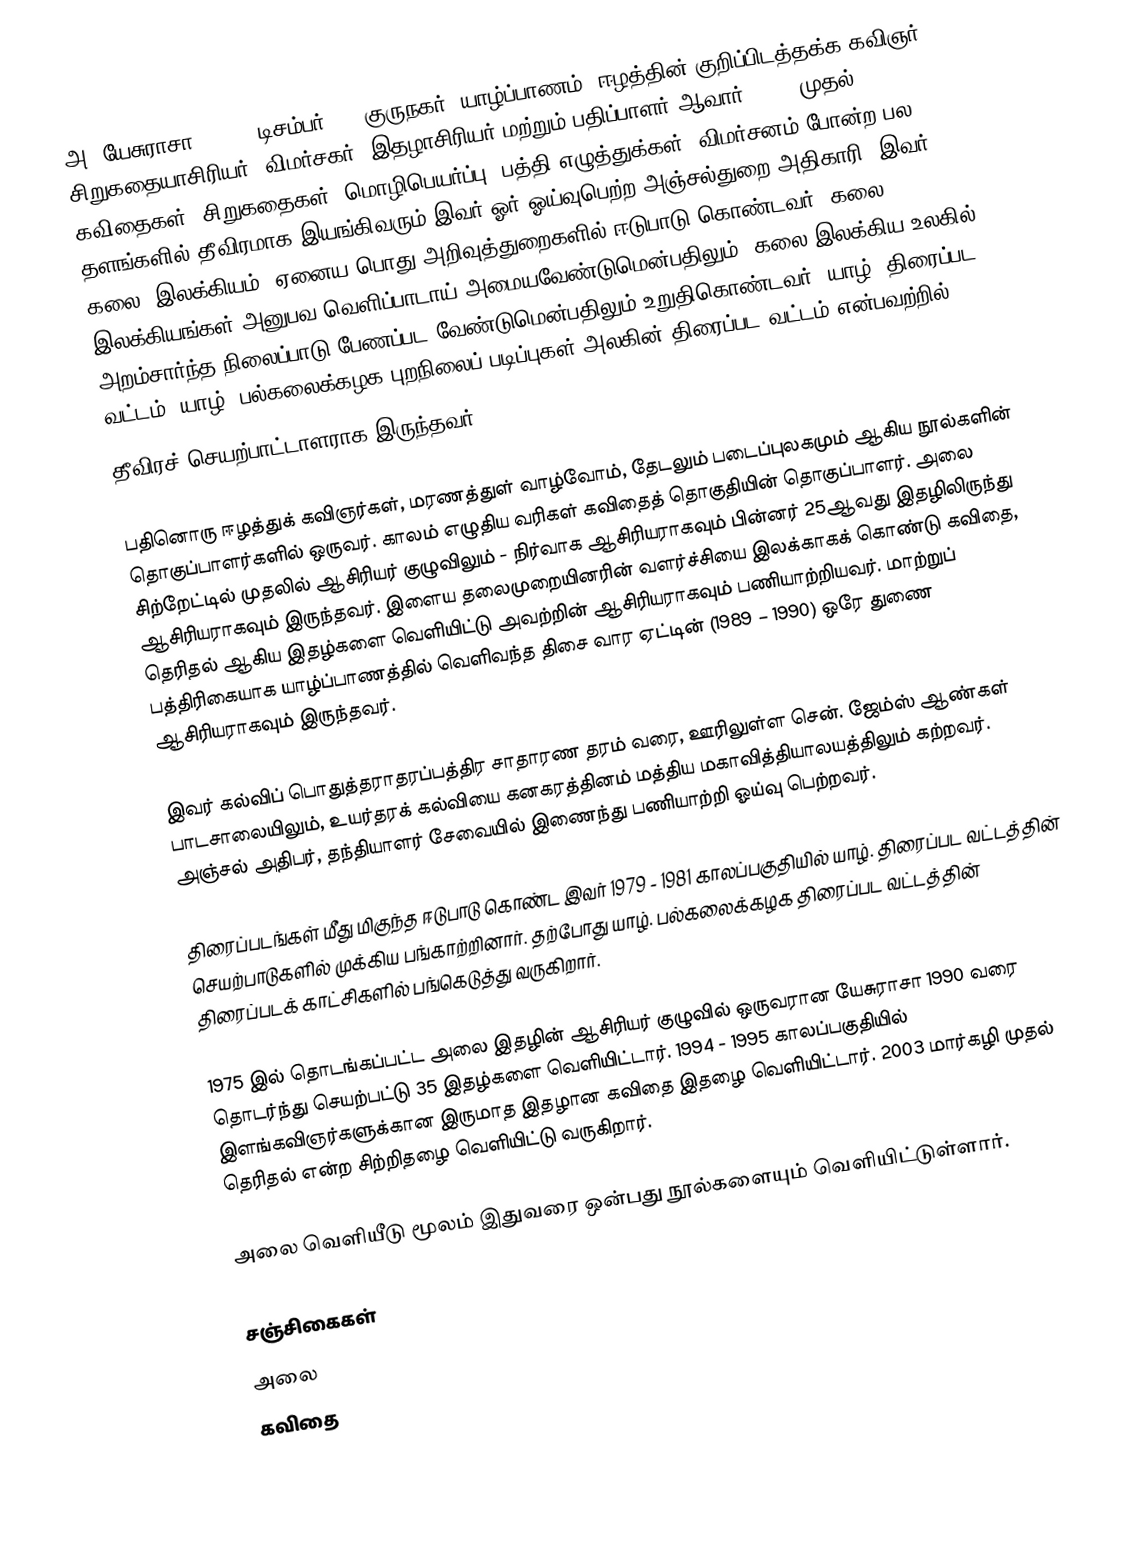
அ. யேசுராசா  (1946, டிசம்பர் 30, குருநகர், யாழ்ப்பாணம்) ஈழத்தின் குறிப்பிடத்தக்க கவிஞர், சிறுகதையாசிரியர், விமர்சகர், இதழாசிரியர் மற்றும் பதிப்பாளர் ஆவார். 1968 முதல் கவிதைகள், சிறுகதைகள், மொழிபெயர்ப்பு, பத்தி எழுத்துக்கள், விமர்சனம் போன்ற பல தளங்களில் தீவிரமாக இயங்கிவரும் இவர் ஓர் ஓய்வுபெற்ற அஞ்சல்துறை அதிகாரி. இவர் கலை, இலக்கியம், ஏனைய பொது அறிவுத்துறைகளில் ஈடுபாடு கொண்டவர். கலை, இலக்கியங்கள் அனுபவ வெளிப்பாடாய் அமையவேண்டுமென்பதிலும்,  கலை இலக்கிய உலகில் அறம்சார்ந்த நிலைப்பாடு பேணப்பட வேண்டுமென்பதிலும் உறுதிகொண்டவர். யாழ். திரைப்பட வட்டம், யாழ். பல்கலைக்கழக புறநிலைப் படிப்புகள் அலகின் திரைப்பட வட்டம் என்பவற்றில்
தீவிரச் செயற்பாட்டாளராக இருந்தவர்.

பதினொரு ஈழத்துக் கவிஞர்கள், மரணத்துள் வாழ்வோம், தேடலும் படைப்புலகமும் ஆகிய நூல்களின் தொகுப்பாளர்களில் ஒருவர். காலம் எழுதிய வரிகள் கவிதைத் தொகுதியின் தொகுப்பாளர். அலை சிற்றேட்டில் முதலில் ஆசிரியர் குழுவிலும் - நிர்வாக ஆசிரியராகவும் பின்னர் 25ஆவது இதழிலிருந்து ஆசிரியராகவும் இருந்தவர். இளைய தலைமுறையினரின் வளர்ச்சியை இலக்காகக் கொண்டு கவிதை, தெரிதல் ஆகிய இதழ்களை வெளியிட்டு அவற்றின் ஆசிரியராகவும் பணியாற்றியவர். மாற்றுப் பத்திரிகையாக யாழ்ப்பாணத்தில் வெளிவந்த திசை வார ஏட்டின் (1989 – 1990) ஒரே துணை ஆசிரியராகவும் இருந்தவர்.

இவர் கல்விப் பொதுத்தராதரப்பத்திர சாதாரண தரம் வரை, ஊரிலுள்ள சென். ஜேம்ஸ் ஆண்கள் பாடசாலையிலும், உயர்தரக் கல்வியை கனகரத்தினம் மத்திய மகாவித்தியாலயத்திலும் கற்றவர். அஞ்சல் அதிபர், தந்தியாளர் சேவையில் இணைந்து பணியாற்றி ஓய்வு பெற்றவர்.

திரைப்படங்கள் மீது மிகுந்த ஈடுபாடு கொண்ட இவர் 1979 - 1981 காலப்பகுதியில் யாழ். திரைப்பட வட்டத்தின் செயற்பாடுகளில் முக்கிய பங்காற்றினார். தற்போது யாழ். பல்கலைக்கழக திரைப்பட வட்டத்தின் திரைப்படக் காட்சிகளில் பங்கெடுத்து வருகிறார்.

1975 இல் தொடங்கப்பட்ட அலை இதழின் ஆசிரியர் குழுவில் ஒருவரான யேசுராசா 1990 வரை தொடர்ந்து செயற்பட்டு 35 இதழ்களை வெளியிட்டார். 1994 - 1995 காலப்பகுதியில் இளங்கவிஞர்களுக்கான இருமாத இதழான கவிதை இதழை வெளியிட்டார். 2003 மார்கழி முதல் தெரிதல் என்ற சிற்றிதழை வெளியிட்டு வருகிறார்.

அலை வெளியீடு மூலம் இதுவரை ஒன்பது நூல்களையும் வெளியிட்டுள்ளார்.

சஞ்சிகைகள்
 அலை
 கவிதை